Vaccination returns of the Province of Eastern Bengal and Assam - 1905-1912
Year: 1905
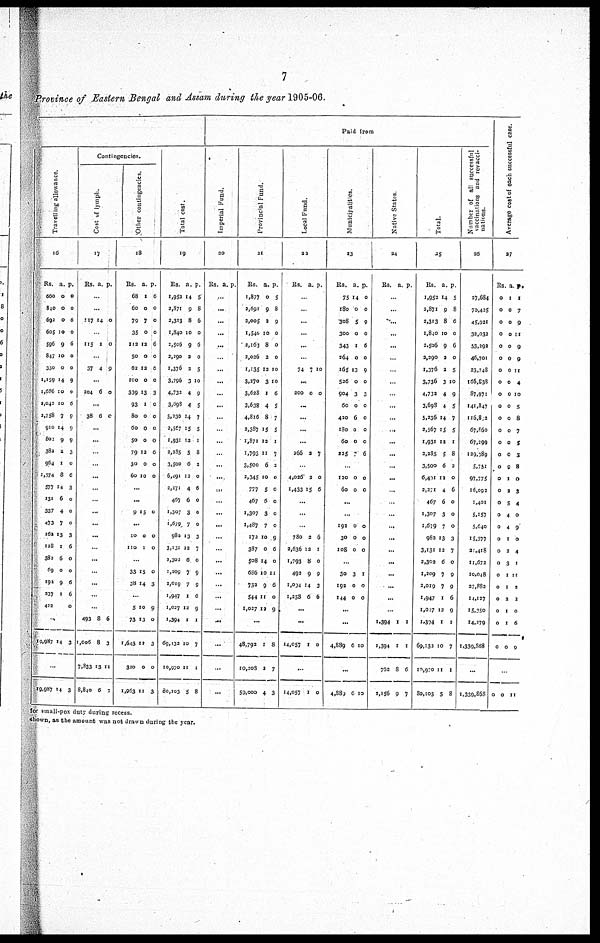
7
Province of Eastern Bengal and Assam during the year 1905-06.
Travelling allowance.
16
Rs.
660
840
692
605
596
847
350
1,159
1,686
2,042
2,758
910
802
382
964
1,574
577
131
337
473
162
128
383
69
192
337
422
a.
0
0
0
10
9
10
0
14
10
10
7
14
9
2
1
8
14
6
4
7
13
1
6
0
9
1
1
p.
0
0
6
0
6
0
0
9
0
6
9
9
9
3
0
6
3
0
0
0
3
6
0
0
6
6
0
...
19,987 14 3
...
19,987 14 3
Contingencies.
Cost of lymph.
17
Rs. a. p.
...
...
117 14 0
...
115 1 0
...
37 4 9
...
204 6 0
...
38 6 0
...
...
...
...
...
...
...
...
...
...
...
...
...
...
...
...
493
1,006
7,833
8,840
8
8
13
6
6
3
11
2
Other contingencies.
18
Rs.
68
60
79
35
112
50
62
100
339
93
80
60
50
79
30
60
a.
1
0
7
0
12
0
12
0
13
1
0
0
0
12
0
10
p.
6
0
0
0
6
0
6
0
3
0
0
0
0
6
0
0
...
...
9 15 0
...
10
110
0
1
0
0
...
33
38
15
14
0
3
...
5
73
1,643
320
1,963
10
13
12
0
11
9
0
3
0
3
Total cost.
19
Rs.
1,952
2,871
2,313
1,840
2,506
2,290
1,376
3,796
4,732
3,698
5,236
2,567
1,931
2,285
3,500
6,491
2,271
467
1,307
1,679
982
3,131
3,302
1,209
2,019
1,947
1,027
1,394
69,132
10,970
80,103
a.
14
9
8
10
9
2
2
3
4
4
14
15
12
5
6
12
4
6
3
7
13
12
6
7
7
1
12
1
10
11
5
p.
5
8
6
0
6
0
5
10
9
5
7
5
1
8
2
0
6
0
0
0
3
7
0
9
9
6
9
1
7
1
8
Paid from
I mper i
al Fund.
20
Rs. a. p.
...
...
...
...
...
...
...
...
...
...
...
...
...
...
...
...
...
...
...
...
...
...
...
...
...
...
...
...
...
...
...
Provincial Fund.
21
Rs.
1,877
2,691
2,005
1,540
2,163
2,026
1,135
3,270
3,628
3,638
4,816
3,387
1,871
1,793
3,500
3,345
777
467
1,307
1,487
172
387
508
686
732
544
1,027
a.
0
9
2
10
8
2
12
3
1
4
8
15
12
11
6
10
5
6
3
7
10
0
14
10
9
11
12
p.
5
8
9
0
0
0
10
10
6
5
7
5
1
7
2
0
0
0
0
0
9
6
0
11
6
0
9
...
48,792
10,203
59,000
1
2
4
8
7
3
Local Fund.
22
Rs. a. p.
...
...
...
...
...
...
74 7 10
...
200 0 0
...
...
...
...
266 2 7
...
4,026
1,433
2
15
0
6
...
...
...
780
2,636
1,793
492
1,094
1,258
2
12
8
9
14
6
6
1
0
9
3
6
...
...
14,057 1 0
...
14,057 1 0
Municipalities.
23
Rs.
75
180
308
300
343
264
165
526
904
60
420
180
60
225
a.
14
0
5
0
1
0
13
0
3
0
6
0
0
7
p.
0
0
9
0
6
0
9
0
3
0
0
0
0
6
...
120
60
0
0
0
0
...
...
192
30
108
0
0
0
0
0
0
...
30
192
144
3
0
0
1
0
0
...
...
4,889 6 10
...
4,889 6 10
Native States.
24
Rs. a. p.
...
...
...
...
...
...
...
...
...
...
...
...
...
...
...
...
...
...
...
...
...
...
...
...
...
...
1,394
1,394
762
2,156
1
1
8
9
1
1
6
7
Total.
25
Rs.
1,952
2,871
2,313
1,840
2,506
2,290
1,376
3,736
4,732
3,698
5,236
2,567
1,931
2,285
3,500
6,401
2,271
467
1,307
1,679
983
3,131
2,302
1,209
2,019
1,947
1,027
1,394
69,132
10,920
80,103
a.
14
9
8
10
9
2
2
3
4
4
14
15
12
5
6
12
4
6
3
7
13
12
6
7
7
1
12
1
10
11
5
p.
5
8
6
0
6
0
5
10
9
5
7
5
1
8
2
0
6
0
0
0
3
7
0
9
9
6
9
1
7
1
8
Number of all successful
vaccinations and revacci¬
nations.
26
27,684
70,425
45,921
32,032
53,292
46,701
23,748
166,638
87,971
141,847
116,892
67,860
67,299
129,389
5,751
97,775
16,092
1,401
5,157
5,640
15,377
21,418
11,672
10,048
27,882
14,127
15,350
14,279
1,339,868
...
1,339,868
Average cost of each successful case.
27
Rs.
0
0
0
0
0
0
0
0
0
0
0
0
0
0
0
0
0
0
0
0
0
0
0
0
0
0
0
0
0
a.
1
0
0
0
0
0
0
0
0
0
0
0
0
0
9
1
2
5
4
4
1
2
3
1
1
2
1
1
0
p.
1
7
9
11
9
9
11
4
10
5
8
7
5
3
8
0
3
4
0
9
0
4
1
11
2
2
0
6
9
...
0 0 11
for small-pox duty during recess.
shown, as the amount was not drawn during the year.